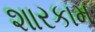
શારકામ